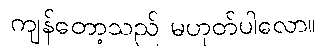
ကျန်တော့သည် မဟုတ်ပါလော။